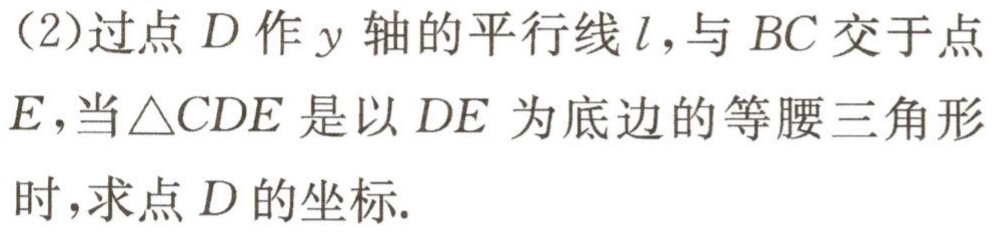
(2)过点\(D\)作\(y\)轴的平行线\(l\)，与\(BC\)交于点\(E\)，当\(\triangle CDE\)是以\(DE\)为底边的等腰三角形时，求点\(D\)的坐标.